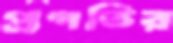
প্রগতির